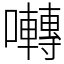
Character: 囀